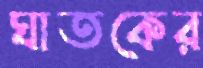
ঘাতকের